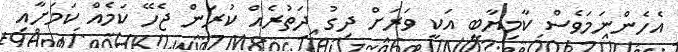
އެހެންނަމަވެސް ކާމިޔާބީ އަކީ ވަރަށް ދިގު ދަތުރެއް ކުރަން ޖެހޭ ކަމެއް ކަމަށާއި